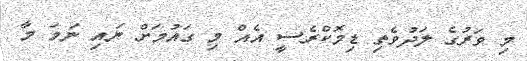
މި ވަރުގެ ލަދުވެތި ޑިމޮކްރެސީ އެއް މި ގައުމަށް ނައި ނަމަ މާ